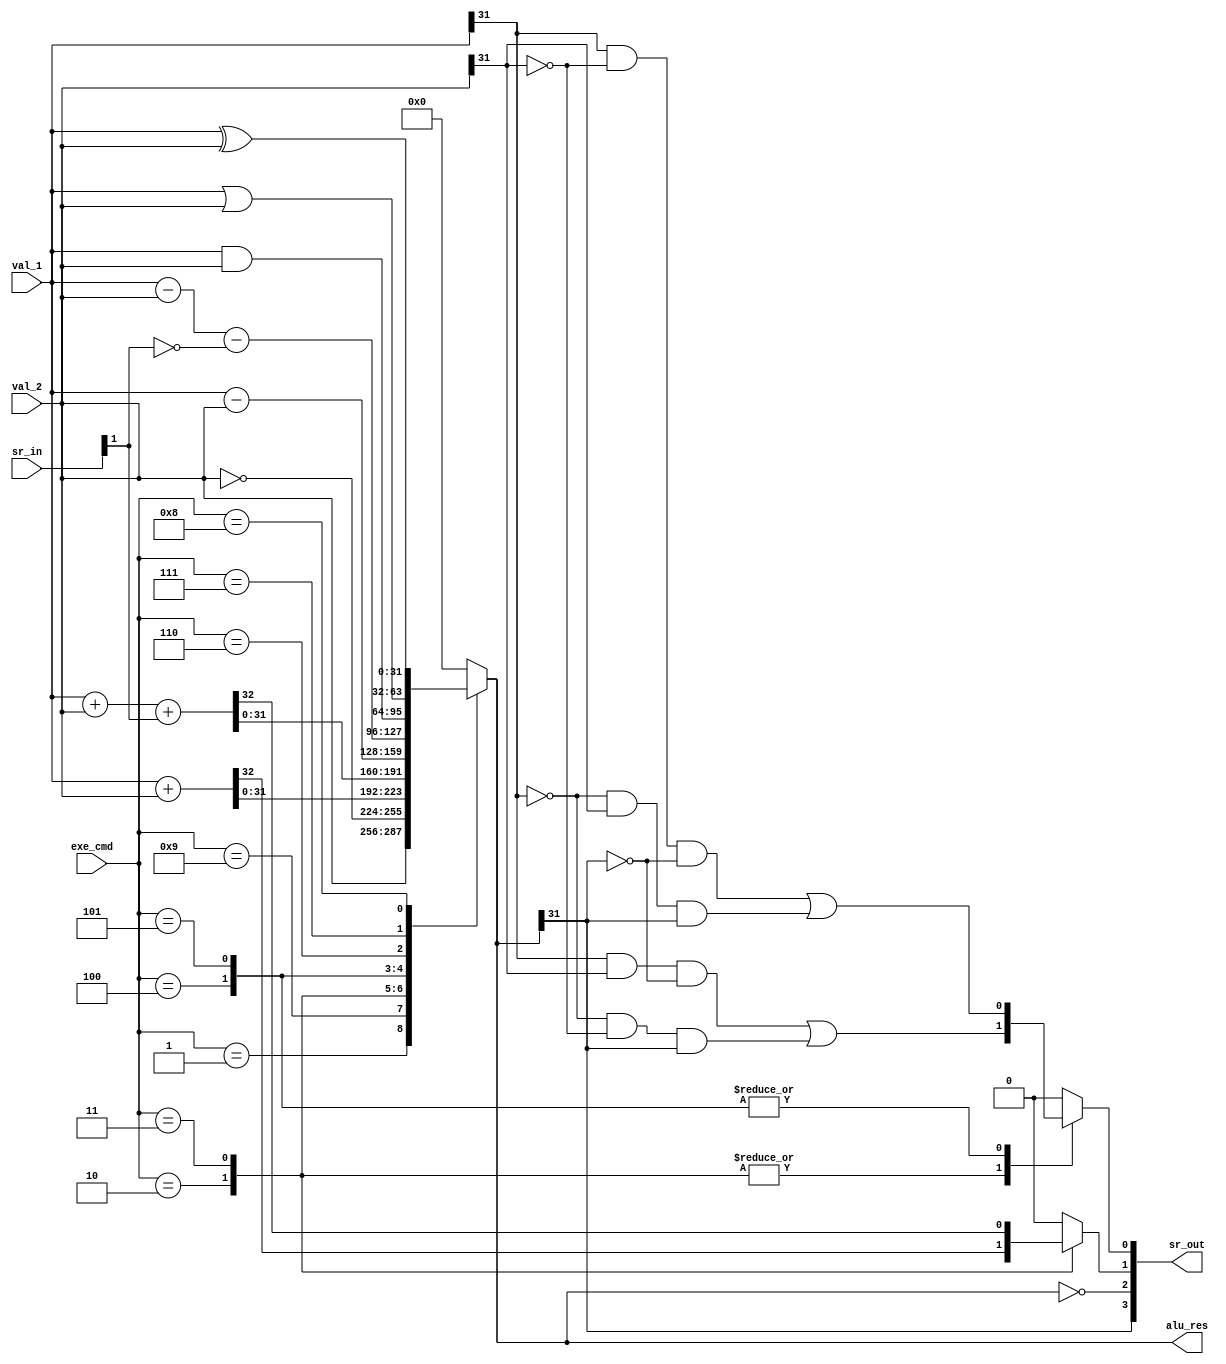
`define MOV 4'b0001
`define MVN 4'b1001
`define ADD 4'b0010
`define ADC 4'b0011
`define SUB 4'b0100
`define SBC 4'b0101
`define AND 4'b0110
`define ORR 4'b0111
`define EOR 4'b1000
`define CMP 4'b0100
`define TST 4'b0110
`define LDR 4'b0010
`define STR 4'b0010

module ALU (
    input wire signed [31:0] val_1,
    input wire signed [31:0] val_2,
    input wire [3:0] sr_in,
    input wire [3:0] exe_cmd,
    output reg signed  [31:0] alu_res,
    output [3:0] sr_out
);
    wire C_in = sr_in[1];
    wire v_add, v_sub, z, n;
    reg c, v;
    assign sr_out = {n, z, c, v};
    assign n = alu_res[31];
    assign z = alu_res == 32'b0;
    assign v_add = (val_1[31] && val_2[31] && ~alu_res[31]) || (~val_1[31] && ~val_2[31] && alu_res[31]);
    assign v_sub = (val_1[31] && ~val_2[31] && ~alu_res[31]) || (~val_1[31] && val_2[31] && alu_res[31]);
    always @(*) begin
        alu_res = 32'b0;
        c = 1'b0;
        v = 1'b0;
        case(exe_cmd)
            `MOV : alu_res = val_2;
            `MVN : alu_res = ~val_2;
            `ADD : begin {c, alu_res} = val_1 + val_2; v = v_add;end
            `ADC : begin {c, alu_res} = val_1 + val_2 + C_in; v = v_add;end
            `SUB : begin alu_res = val_1 - val_2; v = v_sub;end
            `SBC : begin alu_res = val_1 - val_2 - !C_in; v = v_sub;end
            `AND : alu_res = val_1 & val_2;
            `ORR : alu_res = val_1 | val_2;
            `EOR : alu_res = val_1 ^ val_2;
            `CMP : alu_res = val_1 - val_2;
            `TST : alu_res = val_1 & val_2;
            `LDR : begin {c, alu_res} = val_1 + val_2; v = v_add;end
            `STR : begin {c, alu_res} = val_1 + val_2; v = v_add;end
            default : {v, c, alu_res} = 34'b0;
        endcase
    end
endmodule